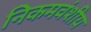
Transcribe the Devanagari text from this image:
निकमवंशीय